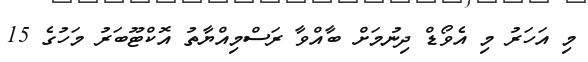
މި އަހަރު މި އެވޯޑް ދިނުމަށް ބާއްވާ ރަސްމިއްޔާތު އޮކްޓޫބަރު މަހުގެ 15